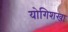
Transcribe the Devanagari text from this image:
योगिशखा